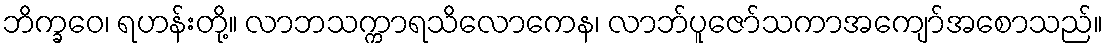
ဘိက္ခဝေ၊ ရဟန်းတို့။ လာဘသက္ကာရသိလောကေန၊ လာဘ်ပူဇော်သကာအကျော်အစောသည်။